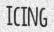
ICING